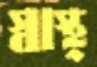
স্বাস্থ্